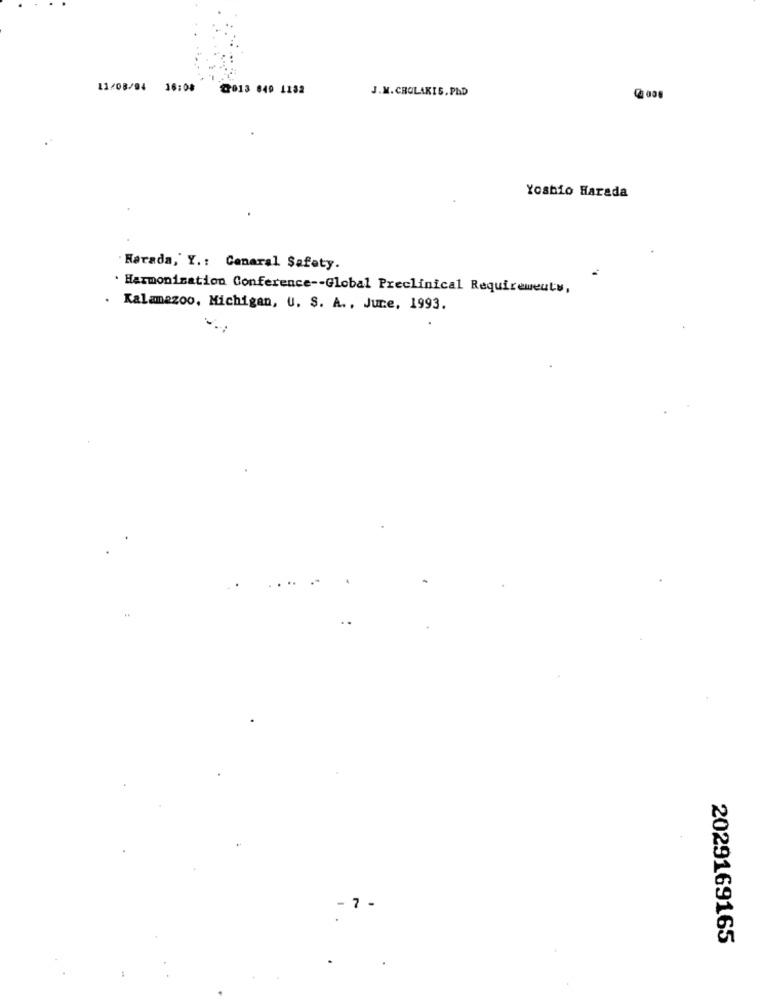
11/08/94 16:08
2013 649 1182
J.M. CROLAKIS. PAD
Yoshio Harada
Harada, Y .: Canaral Safety.
. Harmonization Conference -- Global Preclinical Requirements,
. Kalamazoo, Michigan, U. S. A ., June, 1993.
- 7 -
2029169165